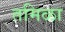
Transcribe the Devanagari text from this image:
तमिळा